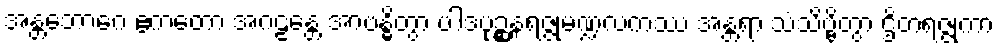
အန္တဘောဂေ ဧကတော အဂဠန္တေ အာဗန္ဓိတွာ ပါဒပုဉ္ဆနရဇ္ဇုမဏ္ဍလကဿ အန္တရာ သံသိဗ္ဗိတွာ ဌိတရဇ္ဇုကာ